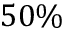
5 0 \%